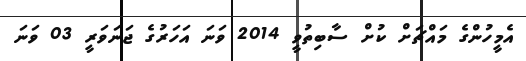
އެމީހުންގެ މައްޗަށް ކުށް ސާބިތުވީ 2014 ވަނަ އަހަރުގެ ޖަނަވަރީ 03 ވަނަ